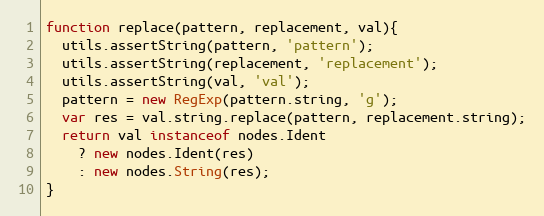
Language: JavaScript
function replace(pattern, replacement, val){
  utils.assertString(pattern, 'pattern');
  utils.assertString(replacement, 'replacement');
  utils.assertString(val, 'val');
  pattern = new RegExp(pattern.string, 'g');
  var res = val.string.replace(pattern, replacement.string);
  return val instanceof nodes.Ident
    ? new nodes.Ident(res)
    : new nodes.String(res);
}